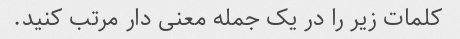
کلمات زیر را در یک جمله معنی دار مرتب کنید.